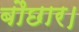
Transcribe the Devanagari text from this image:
बौछार।